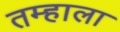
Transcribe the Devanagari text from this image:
तम्हाला